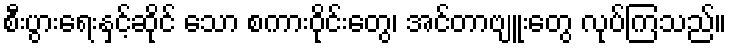
စီးပွားရေးနှင့်ဆိုင် သော စကားဝိုင်းတွေ၊ အင်တာဗျူးတွေ လုပ်ကြသည်။